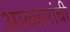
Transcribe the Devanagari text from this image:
आळ्वारांची